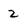
Character: z